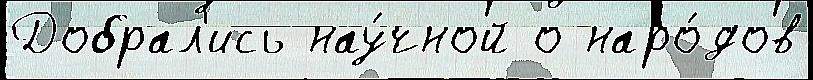
Добрал'ись нау́чной о наро́дов